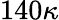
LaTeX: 140\kappa